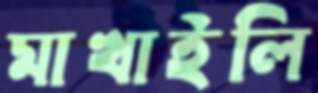
মাখাইলি